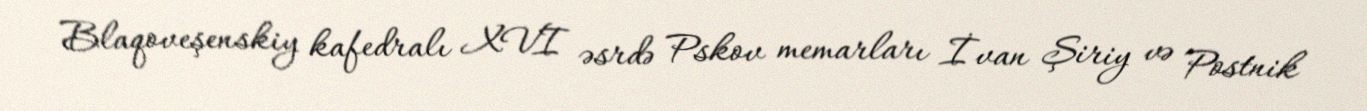
Blaqoveşenskiy kafedralı XVI əsrdə Pskov memarları İvan Şiriy və Postnik